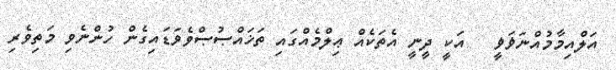
އަލްއިމާމުއްނަޥަޥީ   އަކީ ދީނީ އެތަކެއް ޢިލްމެއްގައި ތަޚައްޞުޞްވެވަޑައިގެން ހުންނެވި މަތިވެރި